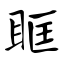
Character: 眶